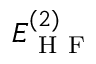
E _ { \mathrm { ~ H ~ F ~ } } ^ { ( 2 ) }